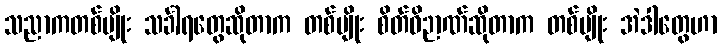
သညာကတစ်မျိုး သင်္ခါရတွေဆိုတာက တစ်မျိုး စိတ်ဝိဉာဏ်ဆိုတာက တစ်မျိုး အဲဒါတွေဟာ